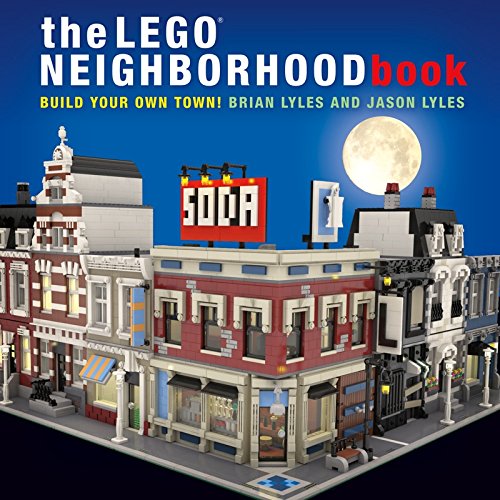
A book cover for The LEGO Neighborhood Book: Build Your Own Town!; Brian Lyles; Crafts, Hobbies & Home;